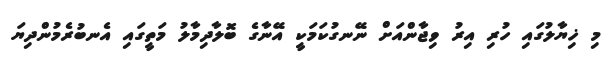
މި ޚިޔާލުގައި ހުރި އިރު ވިޖާންއަށް ނޭނގުކަމަކީ އޭނާގެ ބޮލާދިމާލު މަތީގައި އެނބުރެމުންދިޔަ